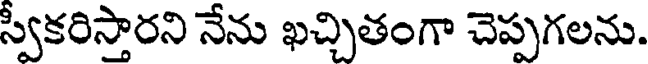
స్వీకరిస్తారని నేను ఖచ్చితంగా చెప్పగలను.